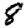
Digit: 8